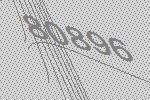
80896